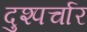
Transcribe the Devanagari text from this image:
दुश्पर्चार